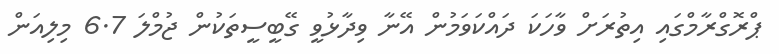
ޕްރޮގްރާމްގައި އިތުރަށް ވާހަކަ ދައްކަވަމުން އޭނާ ވިދާޅުވީ ގޭބީސީތަކުން ޖުމްލަ 6.7 މިލިއަން